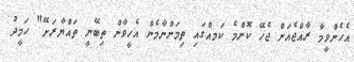
އެެހެންވީމާ ރާއްޖެއަށް ޖެހޭ ކޮންމެ ކަމއްގައި ތިމަންނާމެން އެހީވާން ތިބޭނީ ތައްޔާރަށޭ" ހަމީދު